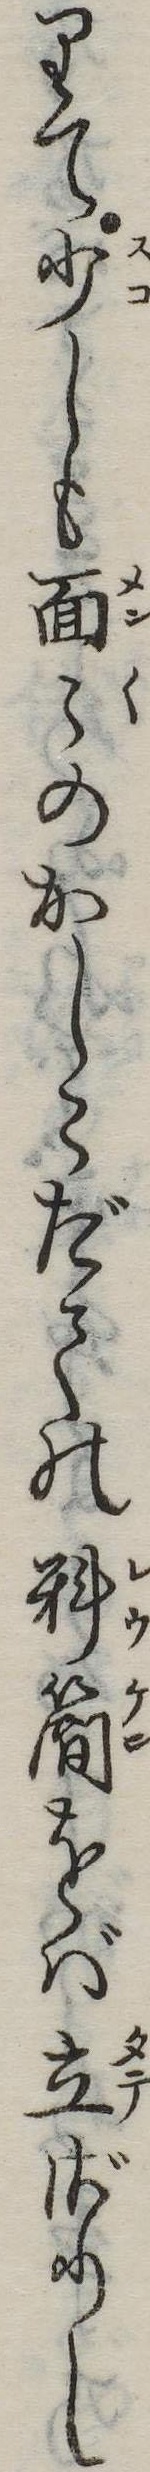
りて少しも面のかしこだての料簡をば立ざりし